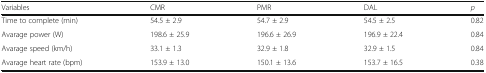
<table><thead><tr><td><b>Variables</b></td><td><b>CMR</b></td><td><b>PMR</b></td><td><b>DAL</b></td><td><b><i>p</i></b></td></tr></thead><tbody><tr><td>Time to complete (min)</td><td>54.5 ± 2.9</td><td>54.7 ± 2.9</td><td>54.5 ± 2.5</td><td>0.82</td></tr><tr><td>Avarage power (W)</td><td>198.6 ± 25.9</td><td>196.6 ± 26.9</td><td>196.9 ± 22.4</td><td>0.84</td></tr><tr><td>Avarage speed (km/h)</td><td>33.1 ± 1.3</td><td>32.9 ± 1.8</td><td>32.9 ± 1.5</td><td>0.84</td></tr><tr><td>Avarage heart rate (bpm)</td><td>153.9 ± 13.0</td><td>150.1 ± 13.6</td><td>153.7 ± 16.5</td><td>0.38</td></tr></tbody></table>